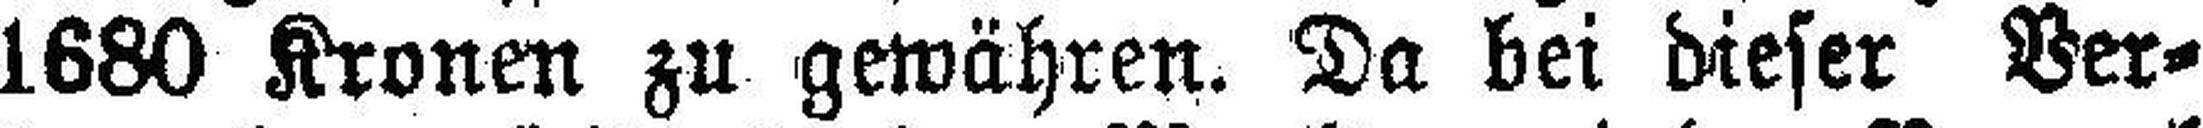
1680 Kronen zu gewähren. Da bei dieser Ver¬